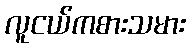
လူငယ်ကစားသမား